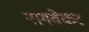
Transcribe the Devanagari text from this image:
नागवेकर